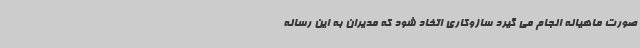
صورت ماهیانه انجام می گیرد سازوکاری اتخاد شود که مدیران به این رسانه